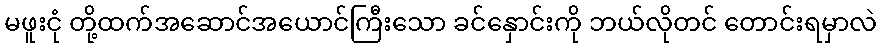
မဖူးငုံ တို့ထက်အဆောင်အယောင်ကြီးသော ခင်နှောင်းကို ဘယ်လိုတင် တောင်းရမှာလဲ